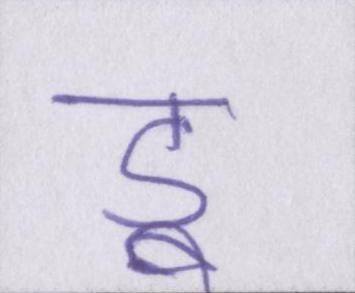
डू